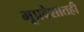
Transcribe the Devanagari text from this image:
भूप्रदेशातही